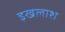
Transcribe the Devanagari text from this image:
इखलाश